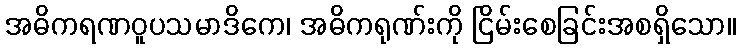
အဓိကရဏဝူပသမာဒိကေ၊ အဓိကရုဏ်းကို ငြိမ်းစေခြင်းအစရှိသော။